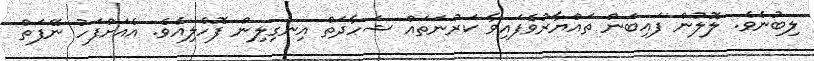
ލިބުނެވެ. ލޮލުން ފައިބަން ތައްޔާރުވެފައިވާ ކަރުނަތައް ޝަހާދަތް އިނގިލިން ފޮހެލިއެވެ. އެއަށްފަހު ނޭފަތް